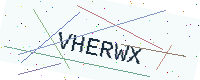
Text: VHERWX